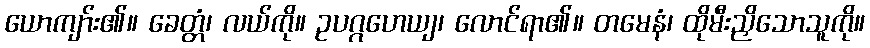
ယောကျာ်း၏။ ခေတ္တံ၊ လယ်ကို။ ဥပဂ္ဂဟေယျ၊ လောင်ရာ၏။ တမေနံ၊ ထိုမီးညှိသောသူကို။